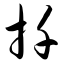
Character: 扦